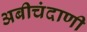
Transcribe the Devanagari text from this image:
अबीचंदाणी